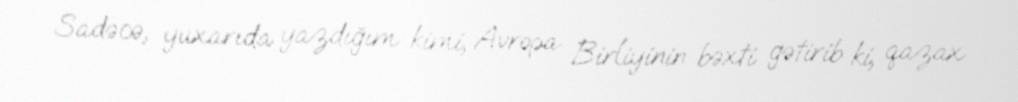
Sadəcə, yuxarıda yazdığım kimi, Avropa Birliyinin bəxti gətirib ki, qazax